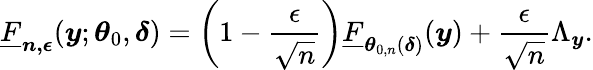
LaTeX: \underline{{F}}_{\boldsymbol{n,\epsilon}}(\boldsymbol{y};\boldsymbol{\theta}_{0},\boldsymbol{\delta})=\left(1-\frac{\epsilon}{\sqrt{n}}\right)\underline{{F}}_{\boldsymbol{\theta}_{0,n}(\boldsymbol{\delta})}(\boldsymbol{y})+\frac{\epsilon}{\sqrt{n}}\Lambda_{\boldsymbol{y}}.